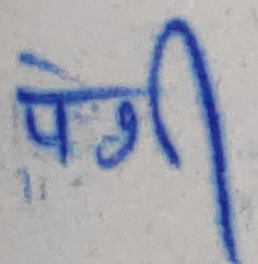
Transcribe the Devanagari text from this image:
पेगी